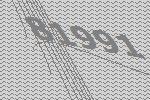
81991